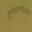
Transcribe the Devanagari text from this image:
ट्रैंक्विलाइज़र्स